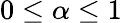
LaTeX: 0\leq\alpha\leq 1